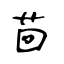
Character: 茴